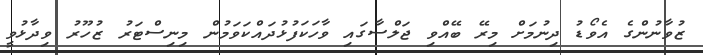
ޒުވާނުންގެ އެވޯޑު ދިނުމަށް މިރޭ ބޭއްވި ޖަލްސާގައި ވާހަކަފުޅުދައްކަވަމުން މިނިސްޓަރު ޒުހޫރު ވިދާޅުވީ